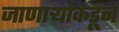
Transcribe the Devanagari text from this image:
जाणाऱ्यांकडून